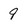
Character: 9